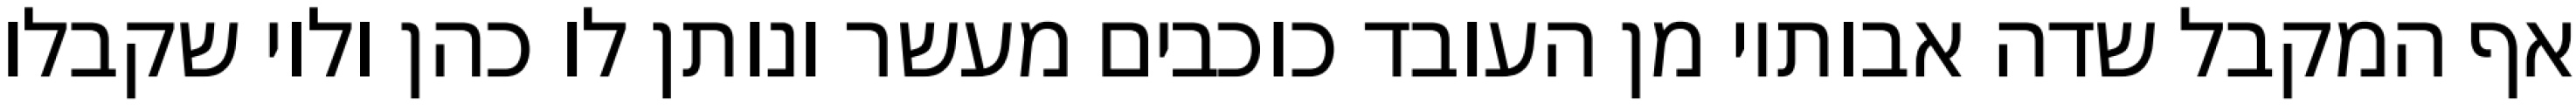
אף המקבל שדה אבותיו מן העובד כוכבים מעשר ונותן לו כהן ולוי שקבלו